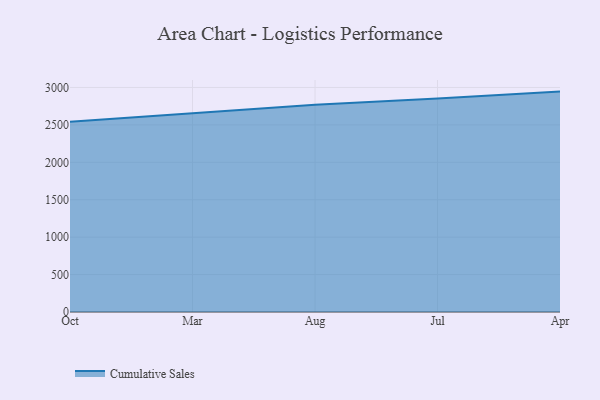
{"axis": {"x": "Month", "y": "Gross Profit (USD K)"}, "legend": ["Cumulative Sales"], "data": [{"x": "Oct", "y": 2543.5, "type": "Cumulative Sales"}, {"x": "Mar", "y": 2652.3, "type": "Cumulative Sales"}, {"x": "Aug", "y": 2768.1, "type": "Cumulative Sales"}, {"x": "Jul", "y": 2853.4, "type": "Cumulative Sales"}, {"x": "Apr", "y": 2944.9, "type": "Cumulative Sales"}]}